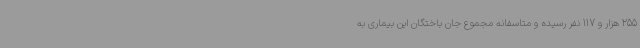
255 هزار و 117 نفر رسیده و متاسفانه مجموع جان باختگان این بیماری به